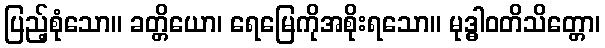
ပြည့်စုံသော။ ခတ္တိယော၊ ရေမြေကိုအစိုးရသော။ မုဒ္ဓါဝတိသိတ္တော၊